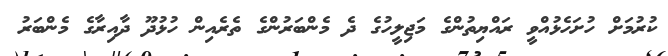
ކުރުމަށް ހުށަހެޅުއްވީ ރައްޔިތުންގެ މަޖިލީހުގެ ދެ މެންބަރުންގެ ތެރެއިން ހުޅުދޫ ދާއިރާގެ މެންބަރު